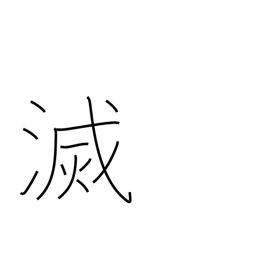
Meaning: perish